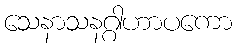
သေနာသနဂ္ဂါဟာပကော